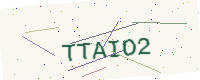
Text: TTAIO2